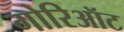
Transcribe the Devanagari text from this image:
गोरिऑट